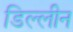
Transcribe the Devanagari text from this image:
डिल्लीन